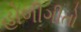
હોળીગીતો